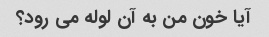
آیا خون من به آن لوله می رود؟